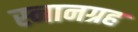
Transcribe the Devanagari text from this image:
स्नानग्रह